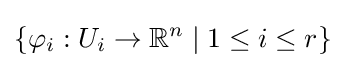
\{\varphi _{i}:U_{i}\to \mathbb {R} ^{n}\mid 1\leq i\leq r\}